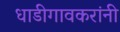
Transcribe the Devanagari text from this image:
धाडीगावकरांनी